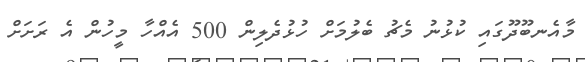
މާއެނބޫދޫގައި ކުޅުނު މެޗު ބެލުމަށް ހުޅުދެލިން 500 އެއްހާ މީހުން އެ ރަށަށް